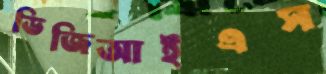
ডিজিআইএস